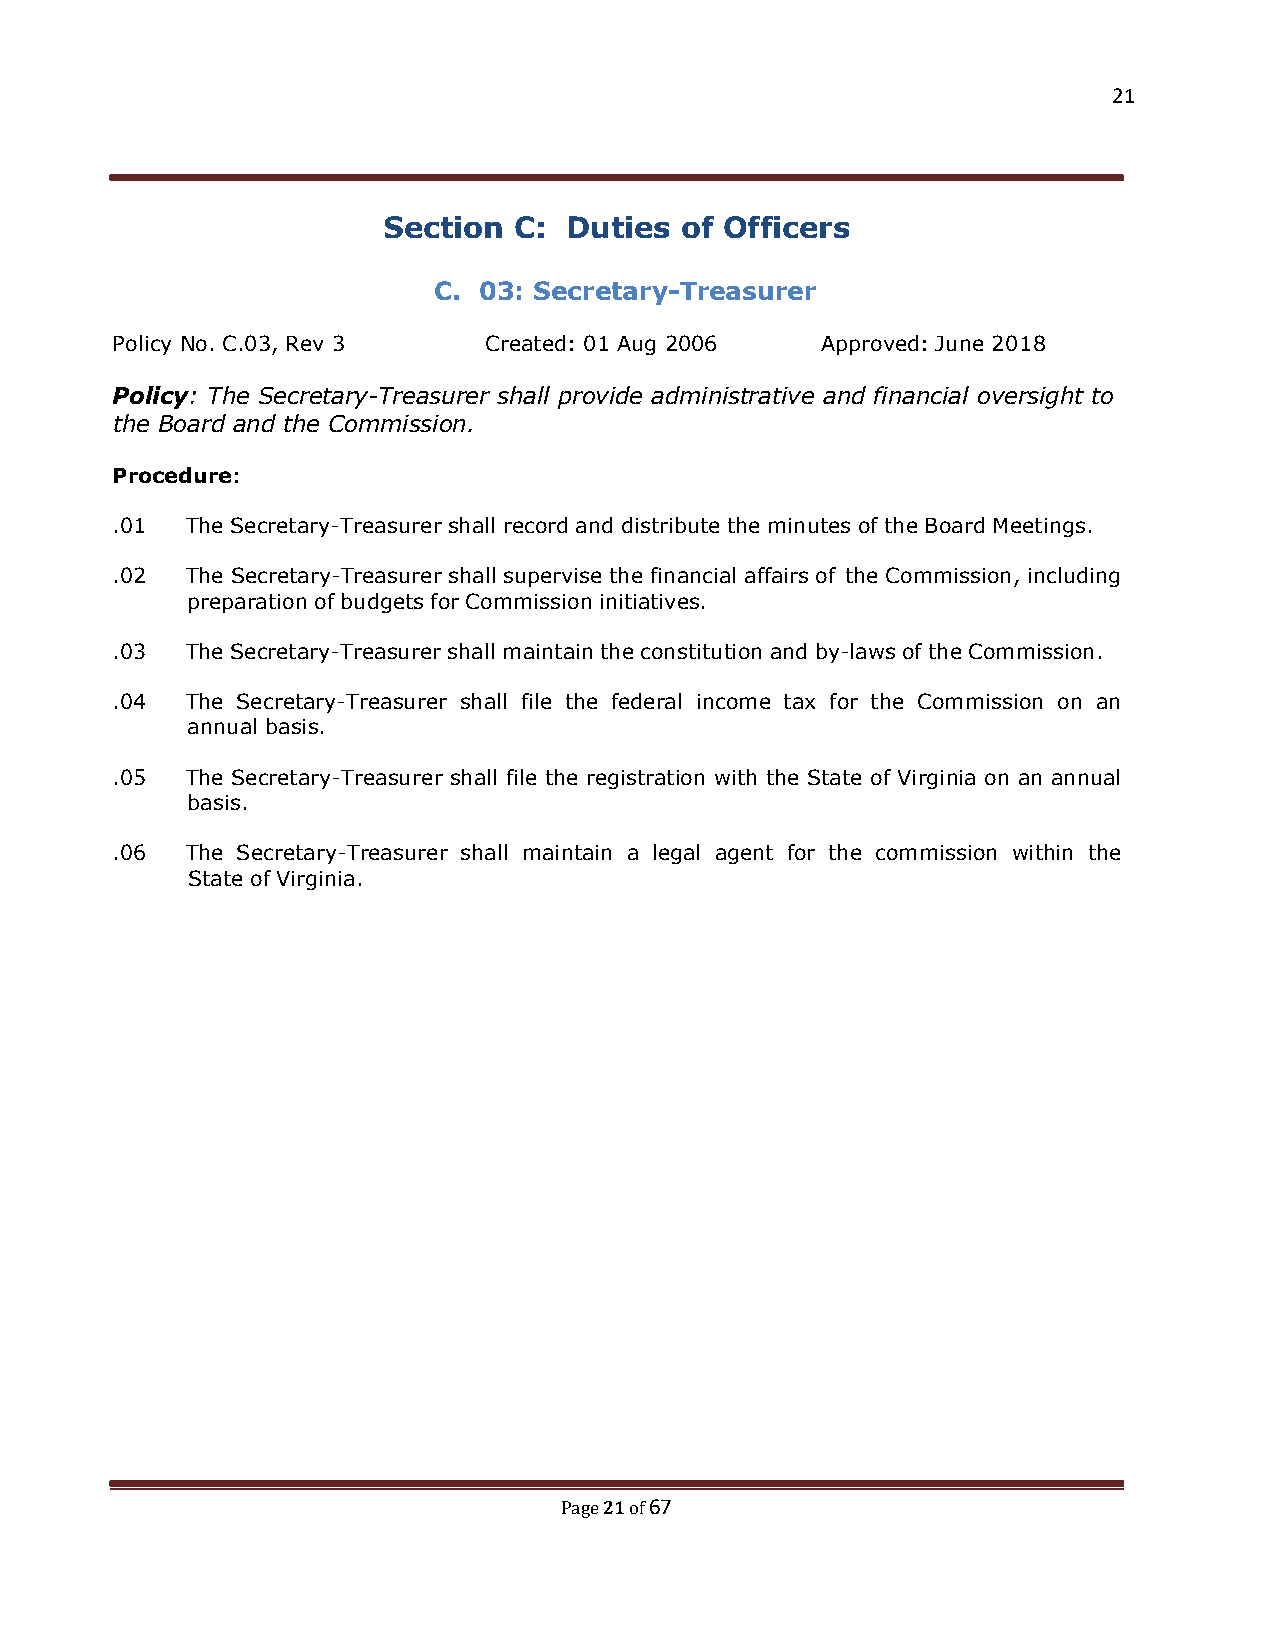
21
 Section  C:  Duties of Officers
 C. 03: Secretary-Treasurer
 Policy No. C.03, Rev 3   Created: 01 Aug 2006  Approved: June 2018
 Policy: The Secretary-Treasurer shall provide administrative and financial oversight to
 the Board and the Commission.
 Procedure:
 .01  The Secretary-Treasurer shall record and distribute the minutes of the Board Meetings.
 .02  The Secretary-Treasurer shall supervise the financial affairs of the Commission, including
 preparation of budgets for Commission initiatives.
 .03  The Secretary-Treasurer shall maintain the constitution and by-laws of the Commission.
 .04  The Secretary-Treasurer shall file the federal income tax for the Commission on an
 annual basis.
 .05  The Secretary-Treasurer shall file the registration with the State of Virginia on an annual
 basis.
 .06  The Secretary-Treasurer shall maintain a legal agent for the commission within the
 State of Virginia.
 21 67
 Page of